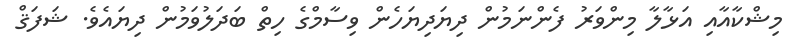
މިޝްކާއާއި އަޅާލާ މިންވަރު ފެންނަމުން ދިޔަދިޔަހެން ވިސާމްގެ ހިތް ބަދަލުވަމުން ދިޔައެވެ. ޝަފަޤް